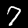
Label: 7